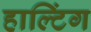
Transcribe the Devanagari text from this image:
हाल्टिंग